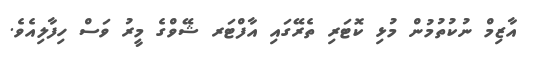
އާޒިމް ނުކުތުމުން މުޅި ކޮޓަރި ތެރޭގައި އާފްޓަރ ޝޭވްގެ މީރު ވަސް ހިފާލިއެވެ.